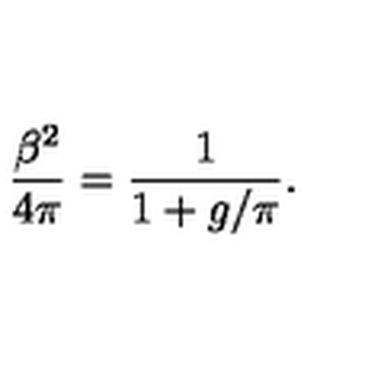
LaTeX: \frac { \beta ^ { 2 } } { 4 \pi } = \frac { 1 } { 1 + g / \pi } .